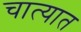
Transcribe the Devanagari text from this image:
चात्यात